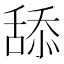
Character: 舔